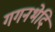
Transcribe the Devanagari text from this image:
गगनभेदि